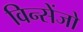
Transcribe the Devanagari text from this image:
विन्सेंजो